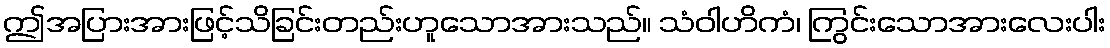
ဤအပြားအားဖြင့်သိခြင်းတည်းဟူသောအားသည်။ သံဝါဟိကံ၊ ကြွင်းသောအားလေးပါး